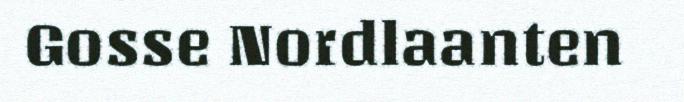
Gosse Nordlaanten